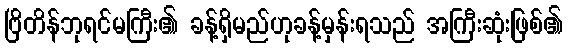
ဗြိတိန်ဘုရင်မကြီး၏ ခန့်ရှိမည်ဟုခန့်မှန်းရသည် အကြီးဆုံးဖြစ်၏